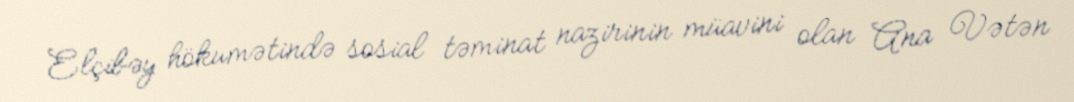
Elçibəy hökumətində sosial təminat nazirinin müavini olan Ana Vətən